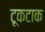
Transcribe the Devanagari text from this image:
टूकटाक